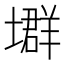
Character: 𡑱